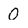
Character: 0